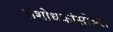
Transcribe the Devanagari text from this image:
संशोधकांसोबत